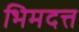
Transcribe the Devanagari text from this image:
भिमदत्त